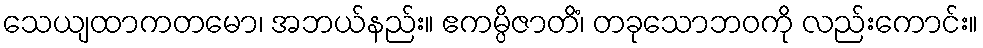
သေယျထာကတမော၊ အဘယ်နည်း။ ဧကမ္ပိဇာတိံ၊ တခုသောဘဝကို လည်းကောင်း။